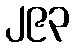
၂၉၃